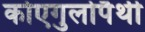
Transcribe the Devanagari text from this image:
कोएगुलोपैथी